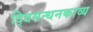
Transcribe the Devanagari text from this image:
द्विसन्धनकाव्य